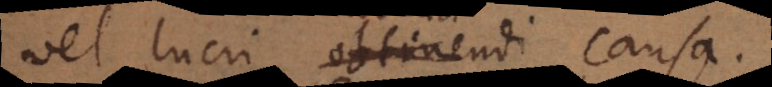
vel lucri obtinendi causa.